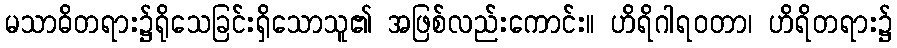
မသာဓိတရား၌ရိုသေခြင်းရှိသောသူ၏ အဖြစ်လည်းကောင်း။ ဟိရိဂါရဝတာ၊ ဟိရိတရား၌